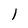
Character: 1